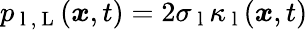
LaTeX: p_{\mathrm{~l~},\mathrm{~L~}}(\boldsymbol{x},t)=2\sigma_{\mathrm{~l~}}\kappa_{\mathrm{~l~}}(\boldsymbol{x},t)